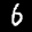
Label: 6